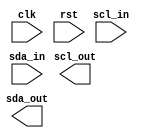
module i2c_controller (
    input wire clk,
    input wire rst,
    input wire scl_in,
    input wire sda_in,
    output wire scl_out,
    output wire sda_out
);

// Declare the necessary signals and variables
reg [7:0] clk_divider;
reg [7:0] counter;
reg [1:0] state;
reg scl, sda;
reg start_bit, stop_bit;
wire handshake;

// Clock divider to generate necessary clock signals
always @(posedge clk or posedge rst) begin
    if (rst) begin
        clk_divider <= 0;
    end else begin
        if (clk_divider == 255) begin
            clk_divider <= 0;
        end else begin
            clk_divider <= clk_divider + 1;
        end
    end
end

// Counter for managing serial data transactions
always @(posedge clk or posedge rst) begin
    if (rst) begin
        counter <= 0;
    end else begin
        if (counter == 7) begin
            counter <= 0;
        end else begin
            counter <= counter + 1;
        end
    end
end

// State machine to synchronize master and slave devices
always @(posedge clk or posedge rst) begin
    if (rst) begin
        state <= 2'b00; // initial state
    end else begin
        case (state)
            2'b00: begin // Start state
                if (start_bit) begin
                    state <= 2'b01;
                end
            end
            2'b01: begin // Data transfer state
                if (counter == 7) begin
                    state <= 2'b10;
                end
            end
            2'b10: begin // Stop state
                if (stop_bit) begin
                    state <= 2'b00;
                end
            end
            default: state <= 2'b00;
        endcase
    end
end

// Handshake signal for accurate communication
assign handshake = (state == 2'b01) && (clk_divider == 127);

// Implement error checking and correction mechanisms

// Assign output signals
assign scl_out = scl;
assign sda_out = sda;

endmodule